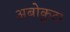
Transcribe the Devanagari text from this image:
अबोकुटा